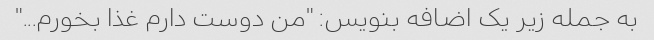
به جمله زیر یک اضافه بنویس: "من دوست دارم غذا بخورم..."